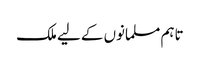
تاہم مسلمانوں کے لیے ملک